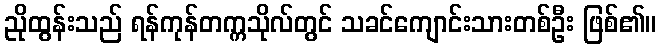
ညိုထွန်းသည် ရန်ကုန်တက္ကသိုလ်တွင် သခင်ကျောင်းသားတစ်ဦး ဖြစ်၏။